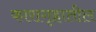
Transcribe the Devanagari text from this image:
कारागृहातील